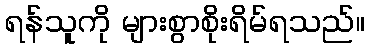
ရန်သူကို များစွာစိုးရိမ်ရသည်။